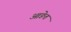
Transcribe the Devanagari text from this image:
आङेत